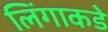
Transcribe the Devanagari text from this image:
लिंगाकडे